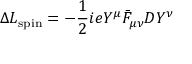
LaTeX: \Delta L _ { \mathrm { s p i n } } = - { \frac { 1 } { 2 } } i e Y ^ { \mu } \bar { F } _ { \mu \nu } D Y ^ { \nu } \,